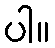
ပါ။